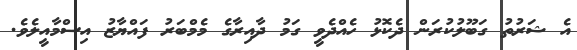
އެ ޝަރުތު ގަބޫލުކުރަން ދެކޮޅު ހެއްދެވީ ގަމު ދާއިރާގެ މެމްބަރު ފައްޔާޒު އިސްމާއީލެވެ.